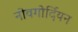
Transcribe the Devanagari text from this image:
नोवगोर्दियन